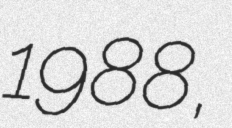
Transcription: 1988,